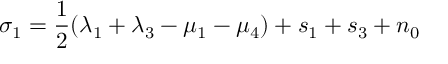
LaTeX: \sigma _ { 1 } = \frac { 1 } { 2 } ( \lambda _ { 1 } + \lambda _ { 3 } - \mu _ { 1 } - \mu _ { 4 } ) + s _ { 1 } + s _ { 3 } + n _ { 0 }